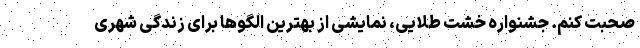
صحبت کنم. جشنواره خشت طلایی، نمایشی از بهترین الگوها برای زندگی شهری